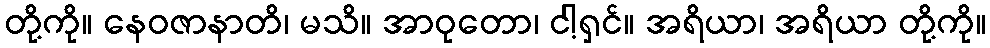
တို့ကို။ နေဝဇာနာတိ၊ မသိ။ အာဝုတော၊ ငါ့ရှင်။ အရိယာ၊ အရိယာ တို့ကို။